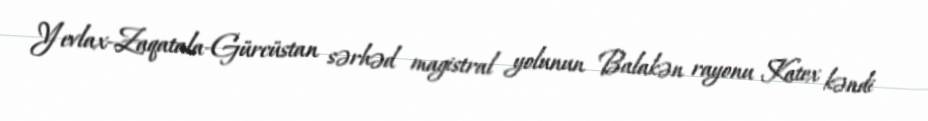
Yevlax-Zaqatala-Gürcüstan sərhəd magistral yolunun Balakən rayonu Katex kəndi